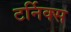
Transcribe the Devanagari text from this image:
टर्निक्स